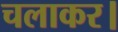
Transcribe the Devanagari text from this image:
चलाकर।